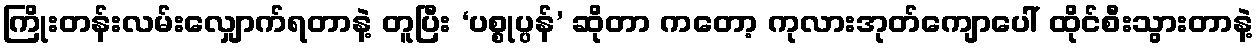
ကြိုးတန်းလမ်းလျှောက်ရတာနဲ့ တူပြီး ‘ပစ္စုပ္ပန်’ ဆိုတာ ကတော့ ကုလားအုတ်ကျောပေါ် ထိုင်စီးသွားတာနဲ့